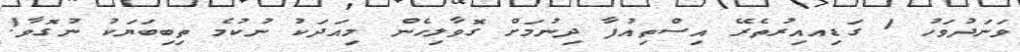
ވަނަދުވަހު 1 ގަޑިއއިރުތެރޭ އިސްތިއުފާ ދިނުމަށް ގޮވާލިހެން މިއަދަކު ނުކުމެ ތިބިބަޔަކު ނުގޮވާ!